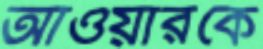
আওয়ারকে